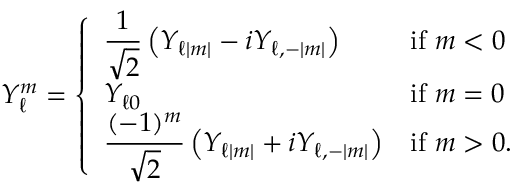
Y _ { \ell } ^ { m } = { \left\{ \begin{array} { l l } { \displaystyle { \frac { 1 } { \sqrt { 2 } } } \left( Y _ { \ell | m | } - i Y _ { \ell , - | m | } \right) } & { { \mathrm { i f } } \ m < 0 } \\ { \displaystyle Y _ { \ell 0 } } & { { \mathrm { i f } } \ m = 0 } \\ { \displaystyle { \frac { ( - 1 ) ^ { m } } { \sqrt { 2 } } } \left( Y _ { \ell | m | } + i Y _ { \ell , - | m | } \right) } & { { \mathrm { i f } } \ m > 0 . } \end{array} \right. }